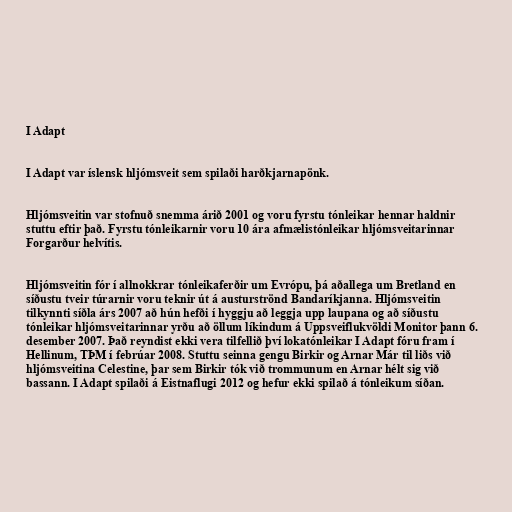
I Adapt

I Adapt var íslensk hljómsveit sem spilaði harðkjarnapönk.

Hljómsveitin var stofnuð snemma árið 2001 og voru fyrstu tónleikar hennar haldnir
stuttu eftir það. Fyrstu tónleikarnir voru 10 ára afmælistónleikar hljómsveitarinnar
Forgarður helvítis.

Hljómsveitin fór í allnokkrar tónleikaferðir um Evrópu, þá aðallega um Bretland en
síðustu tveir túrarnir voru teknir út á austurströnd Bandaríkjanna. Hljómsveitin
tilkynnti síðla árs 2007 að hún hefði í hyggju að leggja upp laupana og að síðustu
tónleikar hljómsveitarinnar yrðu að öllum líkindum á Uppsveiflukvöldi Monitor þann 6.
desember 2007. Það reyndist ekki vera tilfellið því lokatónleikar I Adapt fóru fram í
Hellinum, TÞM í febrúar 2008. Stuttu seinna gengu Birkir og Arnar Már til liðs við
hljómsveitina Celestine, þar sem Birkir tók við trommunum en Arnar hélt sig við
bassann. I Adapt spilaði á Eistnaflugi 2012 og hefur ekki spilað á tónleikum síðan.